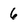
Character: 6